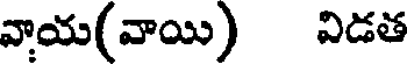
వాయ(వాయి) విడత